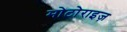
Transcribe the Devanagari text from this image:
मोटोराइज़